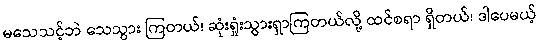
မသေသင့်ဘဲ သေသွား ကြတယ်၊ ဆုံးရှုံးသွားရှာကြတယ်လို့ ထင်စရာ ရှိတယ်၊ ဒါပေမယ့်